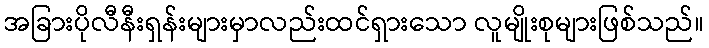
အခြားပိုလီနီးရှန်းများမှာလည်းထင်ရှားသော လူမျိုးစုများဖြစ်သည်။